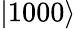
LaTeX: |1000\rangle